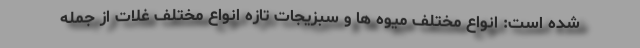
شده است: انواع مختلف میوه ها و سبزیجات تازه انواع مختلف غلات از جمله